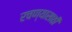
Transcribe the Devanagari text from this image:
रचण्यासाठी